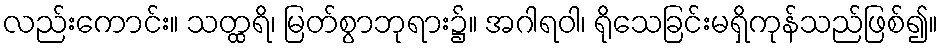
လည်းကောင်း။ သတ္ထရိ၊ မြတ်စွာဘုရား၌။ အဂါရဝါ၊ ရိုသေခြင်းမရှိကုန်သည်ဖြစ်၍။